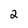
Character: 2